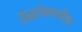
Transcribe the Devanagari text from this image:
युद्धांप्रमाणेच